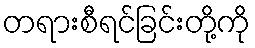
တရားစီရင်ခြင်းတို့ကို